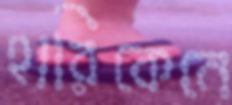
হারিকেনে